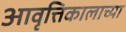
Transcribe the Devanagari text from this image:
आवृत्तिकालाच्या